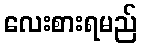
လေးစားရမည်